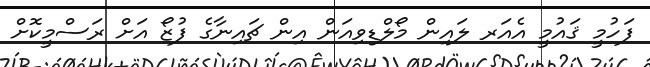
ފަހުމީ ޤައުމީ އެއަރ ލައިން މޯލްޑިވިއަން އިން ޗައިނާގެ ފުޒޯ އަށް ރަސްމީކޮށް